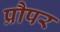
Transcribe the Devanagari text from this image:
प्रौपर